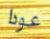
عودا